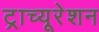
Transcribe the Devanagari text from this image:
ट्राच्यूरेशन